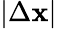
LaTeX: |\Delta\mathbf{x}|